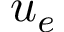
u _ { e }